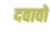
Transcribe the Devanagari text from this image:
दवावों